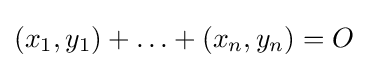
(x_{1},y_{1})+\ldots +(x_{n},y_{n})=O